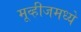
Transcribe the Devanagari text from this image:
मूव्हीजमध्ये